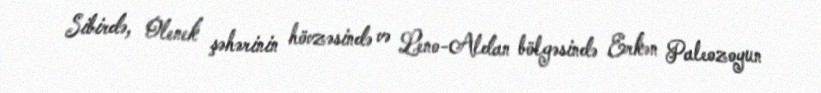
Sibirdə, Olenek şəhərinin hövzəsində və Leno-Aldan bölgəsində Erkən Paleozoyun